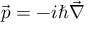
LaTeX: { \vec { p } } = - i \hbar { \vec { \nabla } }